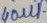
Text: 40µF